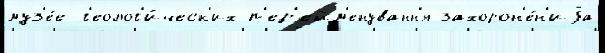
муз'е́е г'еолог'и́ческ'их п'ер'ейм'енуванн'я захорон'е́н'иjа